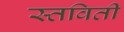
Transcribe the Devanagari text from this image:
स्तविती